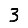
Digit: 3